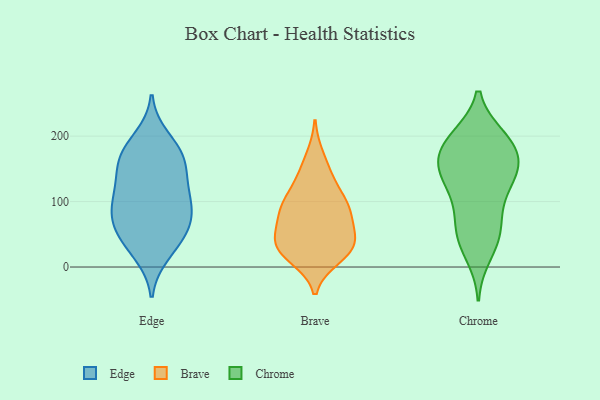
{"axis": {"x": "Population (Million)", "y": "Value"}, "legend": ["Brave", "Chrome", "Edge"], "data": [{"x": "", "y": 84, "type": "Edge"}, {"x": "", "y": 108, "type": "Edge"}, {"x": "", "y": 79, "type": "Edge"}, {"x": "", "y": 137, "type": "Edge"}, {"x": "", "y": 129, "type": "Edge"}, {"x": "", "y": 106, "type": "Edge"}, {"x": "", "y": 20, "type": "Edge"}, {"x": "", "y": 172, "type": "Edge"}, {"x": "", "y": 166, "type": "Edge"}, {"x": "", "y": 31, "type": "Edge"}, {"x": "", "y": 59, "type": "Edge"}, {"x": "", "y": 160, "type": "Edge"}, {"x": "", "y": 61, "type": "Edge"}, {"x": "", "y": 197, "type": "Edge"}, {"x": "", "y": 90, "type": "Edge"}, {"x": "", "y": 176, "type": "Edge"}, {"x": "", "y": 48, "type": "Edge"}, {"x": "", "y": 99, "type": "Brave"}, {"x": "", "y": 135, "type": "Brave"}, {"x": "", "y": 45, "type": "Brave"}, {"x": "", "y": 33, "type": "Brave"}, {"x": "", "y": 20, "type": "Brave"}, {"x": "", "y": 25, "type": "Brave"}, {"x": "", "y": 39, "type": "Brave"}, {"x": "", "y": 94, "type": "Brave"}, {"x": "", "y": 57, "type": "Brave"}, {"x": "", "y": 27, "type": "Brave"}, {"x": "", "y": 64, "type": "Brave"}, {"x": "", "y": 87, "type": "Brave"}, {"x": "", "y": 169, "type": "Brave"}, {"x": "", "y": 137, "type": "Brave"}, {"x": "", "y": 96, "type": "Brave"}, {"x": "", "y": 88, "type": "Brave"}, {"x": "", "y": 14, "type": "Brave"}, {"x": "", "y": 175, "type": "Chrome"}, {"x": "", "y": 166, "type": "Chrome"}, {"x": "", "y": 199, "type": "Chrome"}, {"x": "", "y": 152, "type": "Chrome"}, {"x": "", "y": 39, "type": "Chrome"}, {"x": "", "y": 137, "type": "Chrome"}, {"x": "", "y": 138, "type": "Chrome"}, {"x": "", "y": 48, "type": "Chrome"}, {"x": "", "y": 151, "type": "Chrome"}, {"x": "", "y": 18, "type": "Chrome"}, {"x": "", "y": 132, "type": "Chrome"}, {"x": "", "y": 198, "type": "Chrome"}, {"x": "", "y": 162, "type": "Chrome"}, {"x": "", "y": 67, "type": "Chrome"}, {"x": "", "y": 193, "type": "Chrome"}, {"x": "", "y": 197, "type": "Chrome"}, {"x": "", "y": 95, "type": "Chrome"}, {"x": "", "y": 105, "type": "Chrome"}, {"x": "", "y": 56, "type": "Chrome"}]}